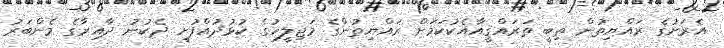
އެރަށުގެ ރައްޔިތުން ތިބީ ތަރައްޤީއާއެކުކަމަށް ރައްޔިތުންގެ މަޖިލީހުގެ ކުޅުދުއްފުށީ ދެކުނު ދާއިރާގެ މެންބަރު